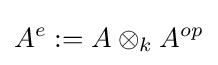
A^{e}:=A\otimes _{k}A^{op}